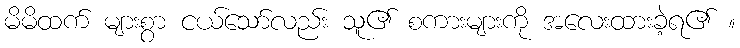
မိမိထက် များစွာ ငယ်သော်လည်း သူ၏ စကားများကို အလေးထားခဲ့ရ၏ ။